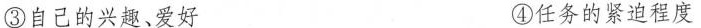
③自己的兴趣、爱好 ④任务的紧迫程度